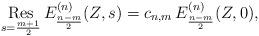
LaTeX: \begin{align*}\mathop{{\rm Res}}_{s=\frac{m+1}{2}}E_{\frac{n-m}{2}}^{(n)}(Z,s)=c_{n,m}\,E_{\frac{n-m}{2}}^{(n)}(Z,0),\end{align*}